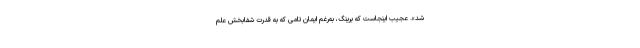
شد». عجیب اینجاست که برینگ، به‌رغم ایمان تامّی که به قدرت شفابخش علم